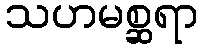
သဟမစ္ဆရာ